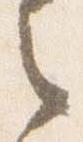
之